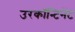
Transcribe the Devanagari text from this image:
उरकॉन्टिनेंट